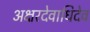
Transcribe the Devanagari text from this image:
अक्षरदेवाधिदेव